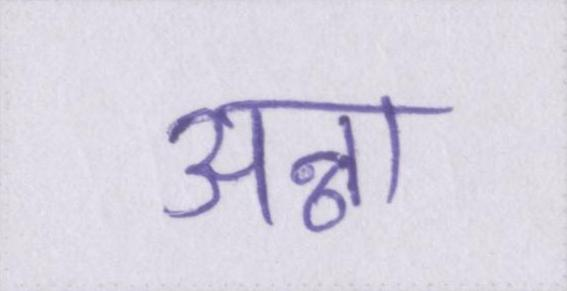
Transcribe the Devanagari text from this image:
अन्ना